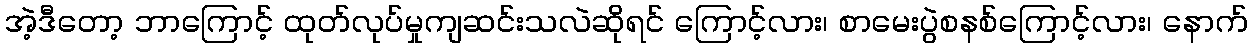
အဲ့ဒီတော့ ဘာကြောင့် ထုတ်လုပ်မှုကျဆင်းသလဲဆိုရင် ကြောင့်လား၊ စာမေးပွဲစနစ်ကြောင့်လား၊ နောက်